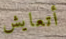
أتعايش